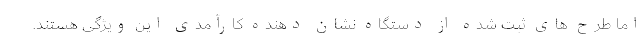
اما طرح های ثبت شده از دستگاه نشان دهنده کارآمدی این ویژگی هستند.